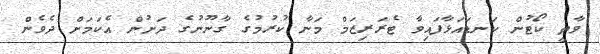
ވާތީ ކޯޓުން ކަނޑައަޅާފައިވާ ޓެރަރިޒަމް މަނާ ކުރުމުގެ ގާނޫނުގެ ދަށުން އެކަމަށް ދެވެން